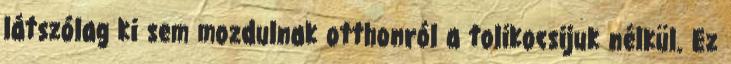
látszólag ki sem mozdulnak otthonról a tolikocsijuk nélkül. Ez